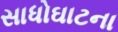
સાધોઘાટના